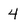
Character: 4